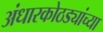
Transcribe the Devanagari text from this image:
अंधारकोठड्यांच्या